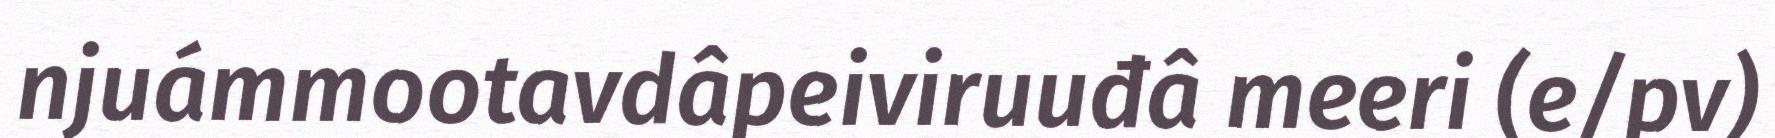
njuámmootavdâpeiviruuđâ meeri (e/pv)